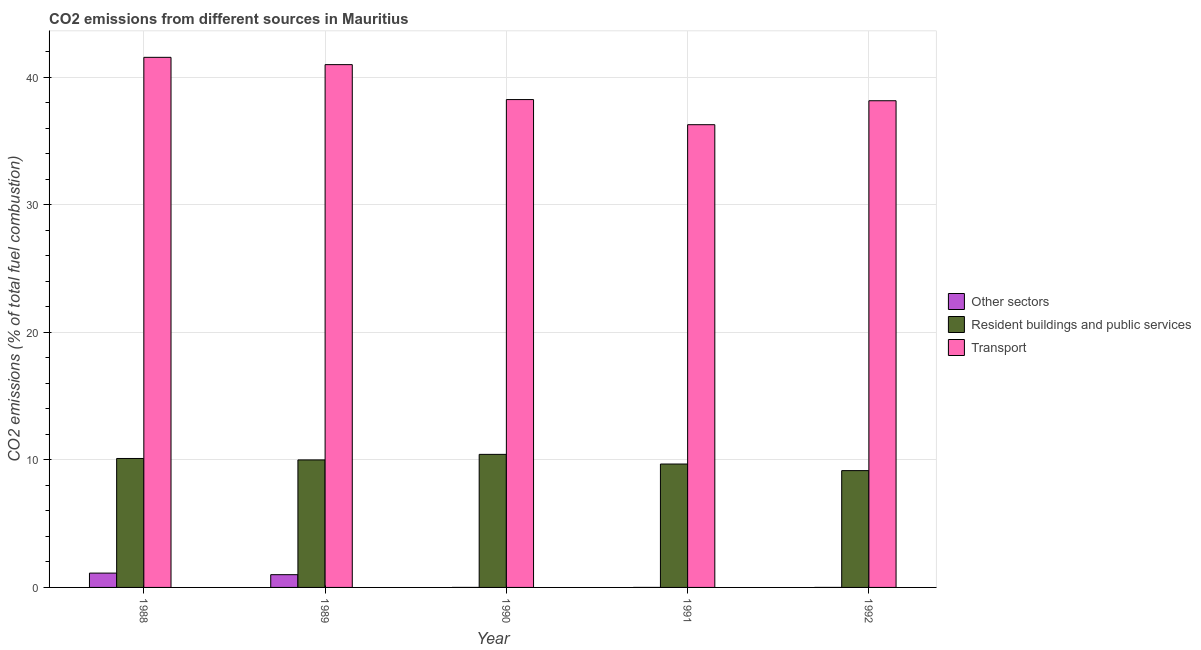
| Year | Other sectors | Resident buildings and public services | Transport |
 | --- | --- | --- | --- |
 | 1988 | 1.12 | 10.1 | 41.6 |
 | 1989 | 1 | 10 | 41 |
 | 1990 | -4.53e-16 | 10.4 | 38.3 |
 | 1991 | -4.2e-16 | 9.68 | 36.3 |
 | 1992 | -3.97e-16 | 9.16 | 38.2 |